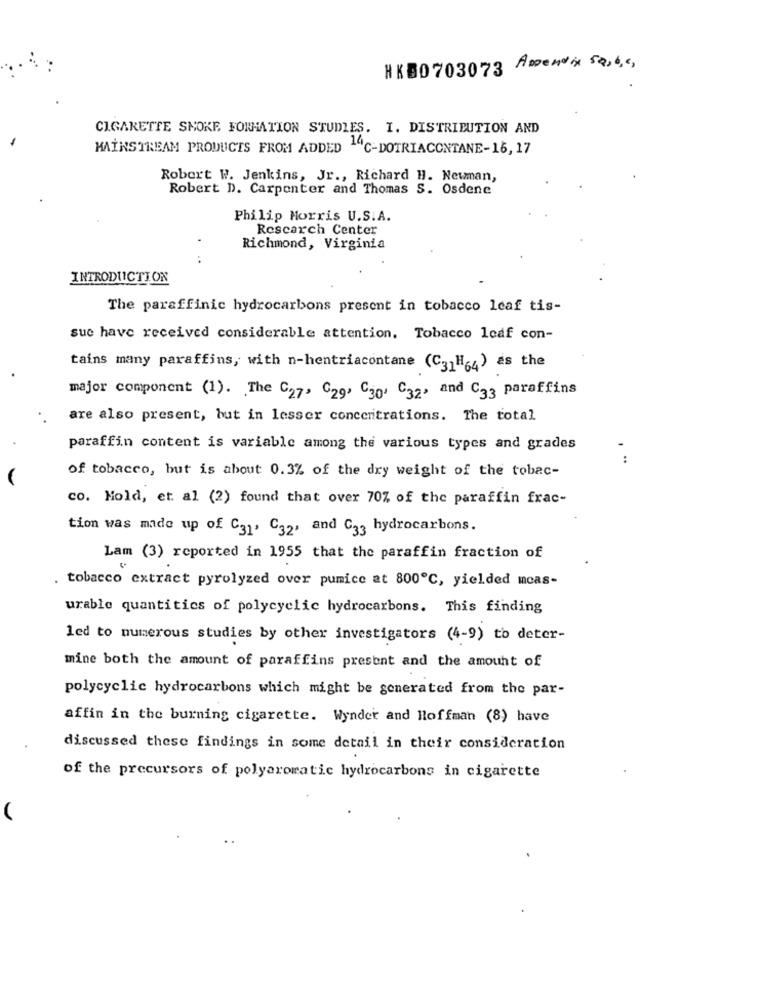
HKB0703073 Ansendix 52,6,4,
CIGARETTE SMOKE FORMATION STUDIES. I. DISTRIBUTION AND
MAINSTREAM PRODUCTS FROM ADDED -C-DOTRIACONTANE-16,17
Robert W. Jenkins, Jr ., Richard H. Newman,
Robert D. Carpenter and Thomas S. Osdene
Philip Morris U.S.A.
Research Center
.
Richmond, Virginia
..
INTRODUCTION
The paraffinic hydrocarbons present in tobacco leaf tis-
suc have received considerable attention. Tobacco leaf con-
tains many paraffins, with n-hentriacontane (C31H64) as the
major component (1). The C27> C29, C30. C32, and C33 paraffins
are also present, but in lesser concentrations. The total
paraffin content is variable among the various types and grades
..
of tobacco, but is about 0.3% of the dry weight of the tobac-
co. Hold, et al (2) found that over 70% of the paraffin frac-
tion was made up of C31, C32, and C33 hydrocarbons.
Lam (3) reported in 1955 that the paraffin fraction of
. tobacco extract pyrolyzed over pumice at 800℃, yielded mcas-
urable quantities of polycyclic hydrocarbons. This finding
led to numerous studies by other investigators (4-9) to deter-
mine both the amount of paraffins present and the amount of
polycyclic hydrocarbons which might be generated from the par-
affin in the burning cigarette. Wynder and Hoffman (8) have
discussed these findings in some detail in their consideration
of the precursors of polyaromatic hydrocarbons in cigarette